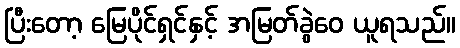
ပြီးတော့ မြေပိုင်ရှင်နှင့် အမြတ်ခွဲဝေ ယူရသည်။